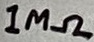
Text: 1MΩ